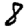
Digit: 8